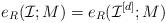
LaTeX: \begin{align*}e_R(\mathcal I;M)=e_R(\mathcal I^{[d]};M)\end{align*}